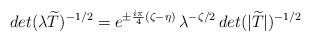
LaTeX: \begin{align*}det(\lambda\widetilde{T})^{-1/2}=e^{\pm\frac{i\pi}{4}(\zeta-\eta)}\,\lambda^{-\zeta/2}\,det(|\widetilde{T}|)^{-1/2}\end{align*}